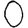
Digit: 0